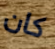
كان